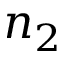
n _ { 2 }